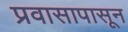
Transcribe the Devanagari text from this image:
प्रवासापासून